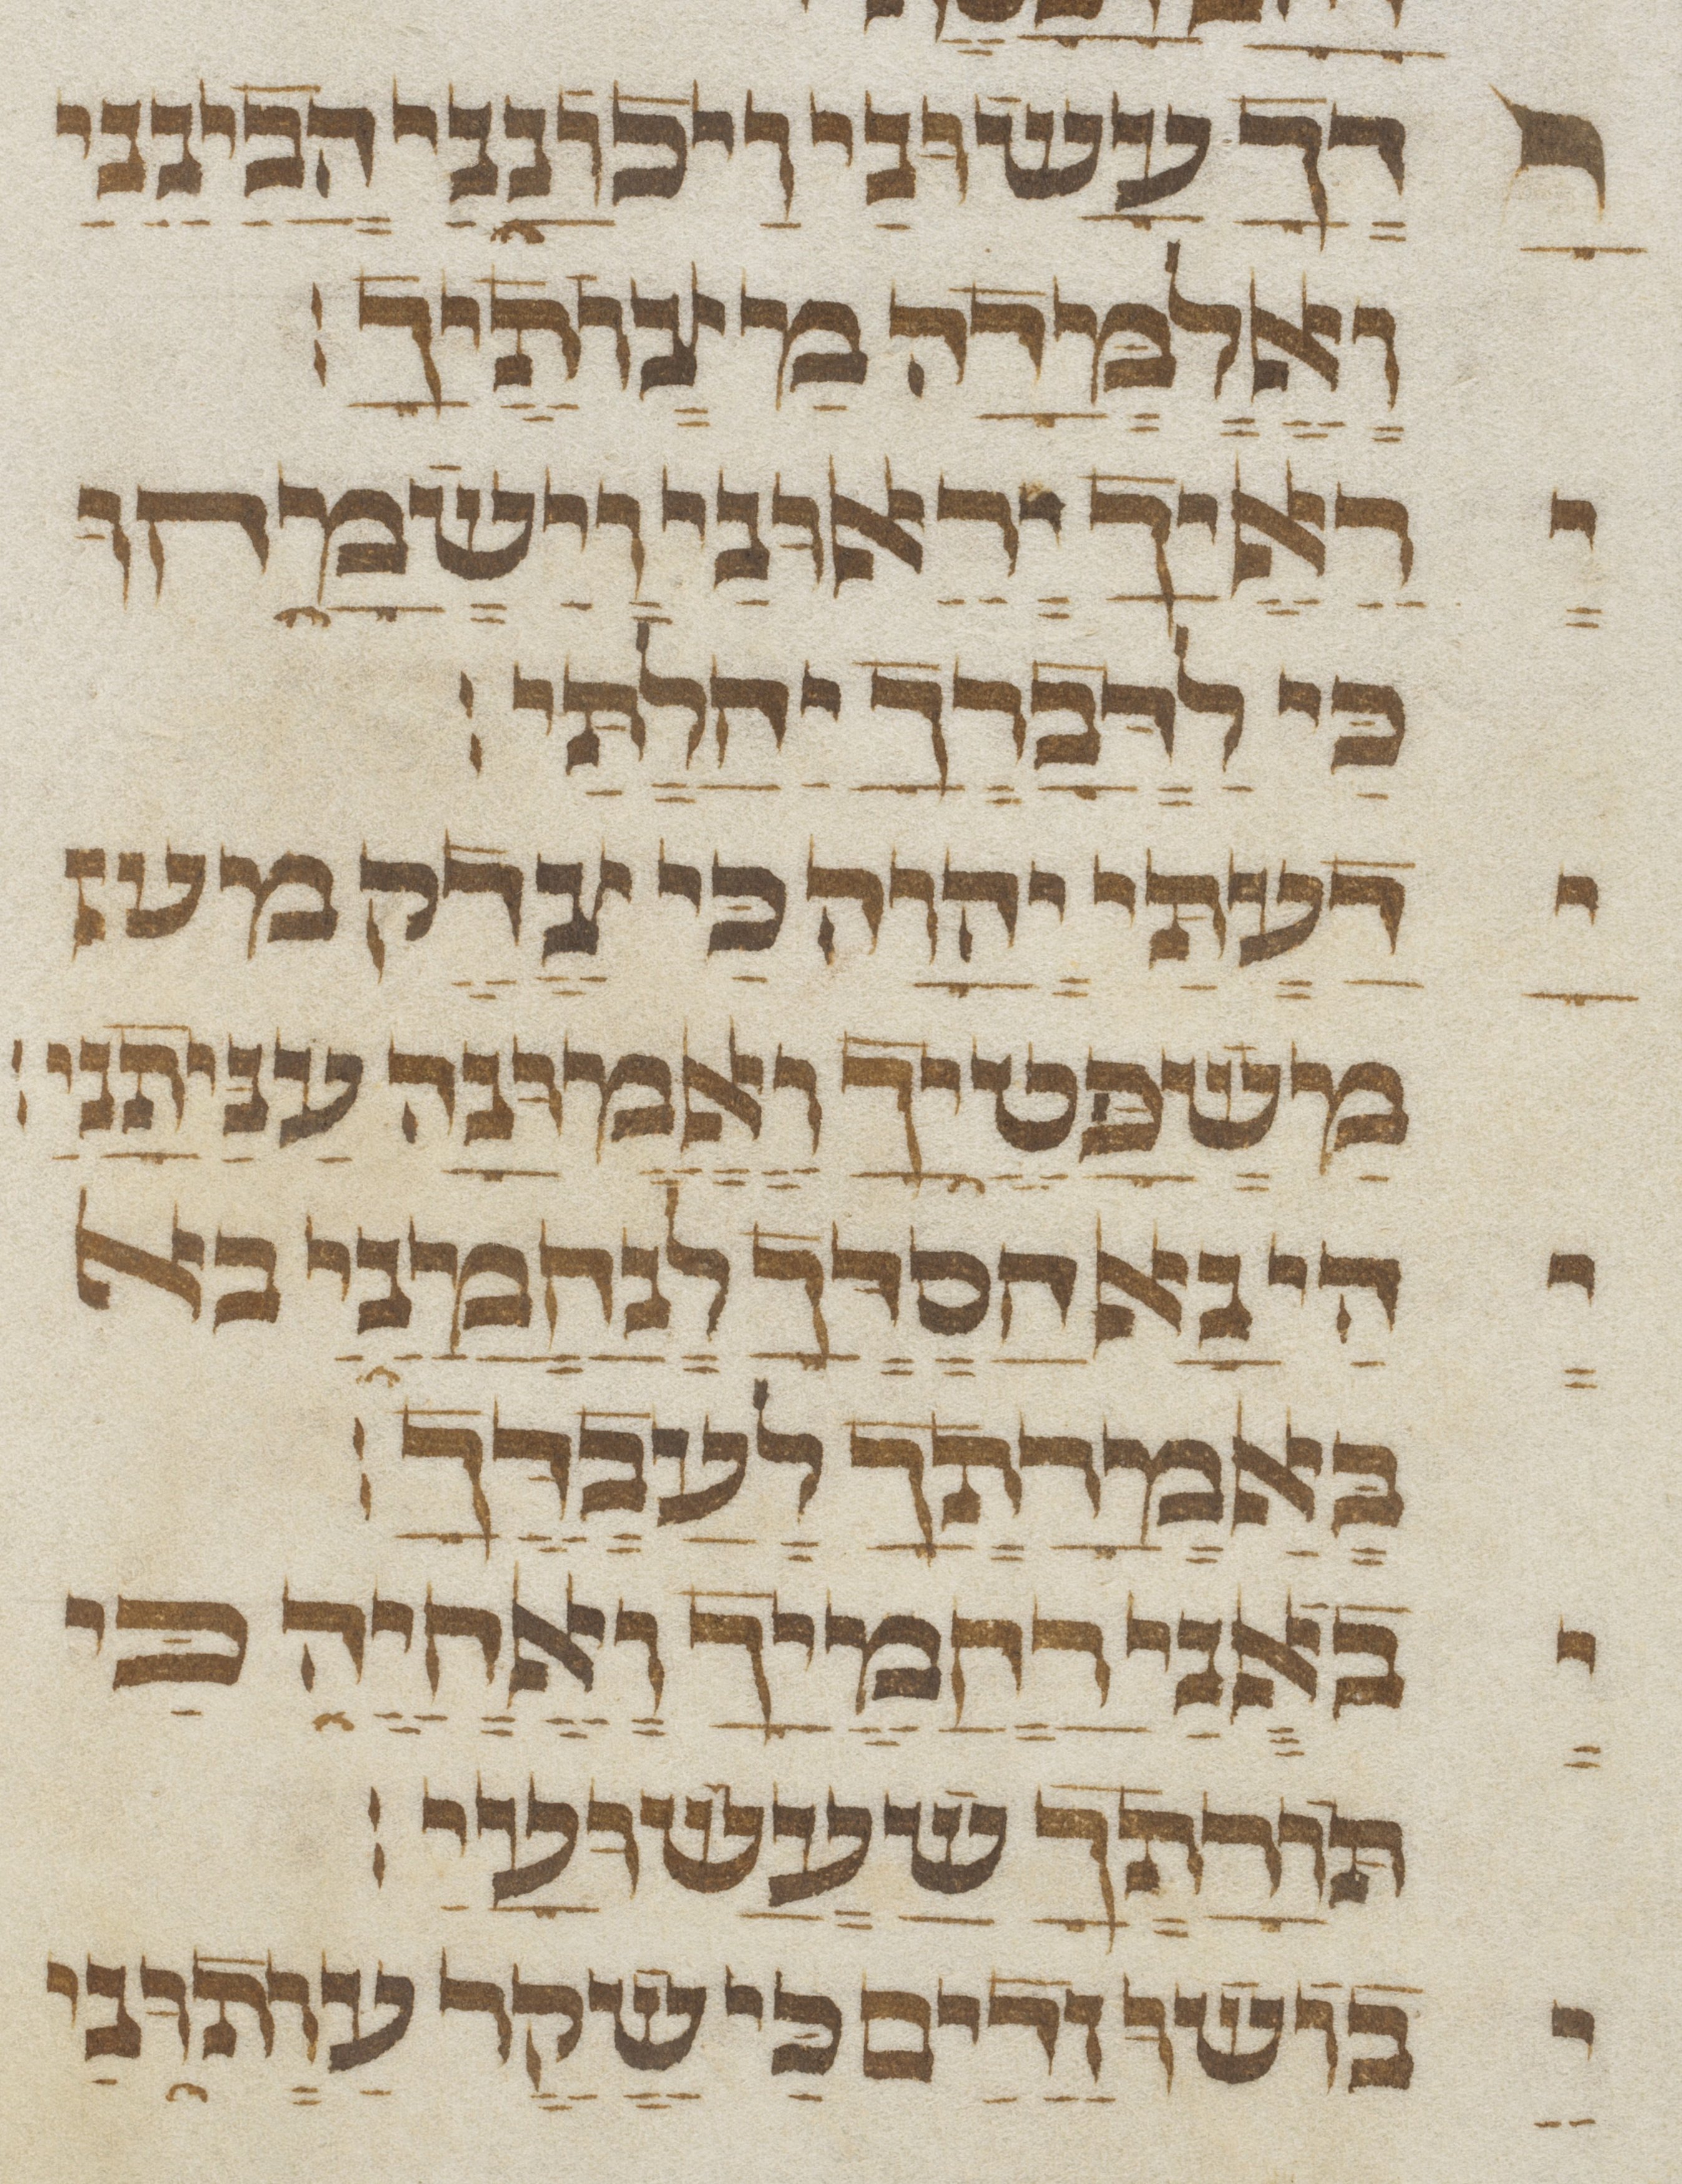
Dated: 1300–1499